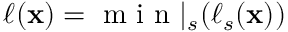
\ell ( { \bf { x } } ) = \mathrm { ~ m ~ i ~ n ~ } | _ { s } ( \ell _ { s } ( { \bf { x } } ) )